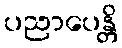
ပညာပေန္တိ